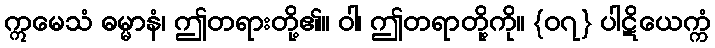
ဣမေသံ ဓမ္မာနံ၊ ဤတရားတို့၏။ ဝါ၊ ဤတရာတို့ကို။ {၀၇} ပါဋိယေက္ကံ